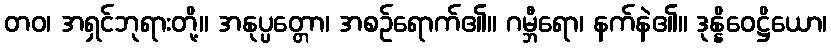
တဝ၊ အရှင်ဘုရားတို့။ အနုပ္ပတ္တော၊ အစဉ်ရောက်၏။ ဂမ္ဘီရော၊ နက်နဲ၏။ ဒုန္နိဝေဋ္ဌိယော၊